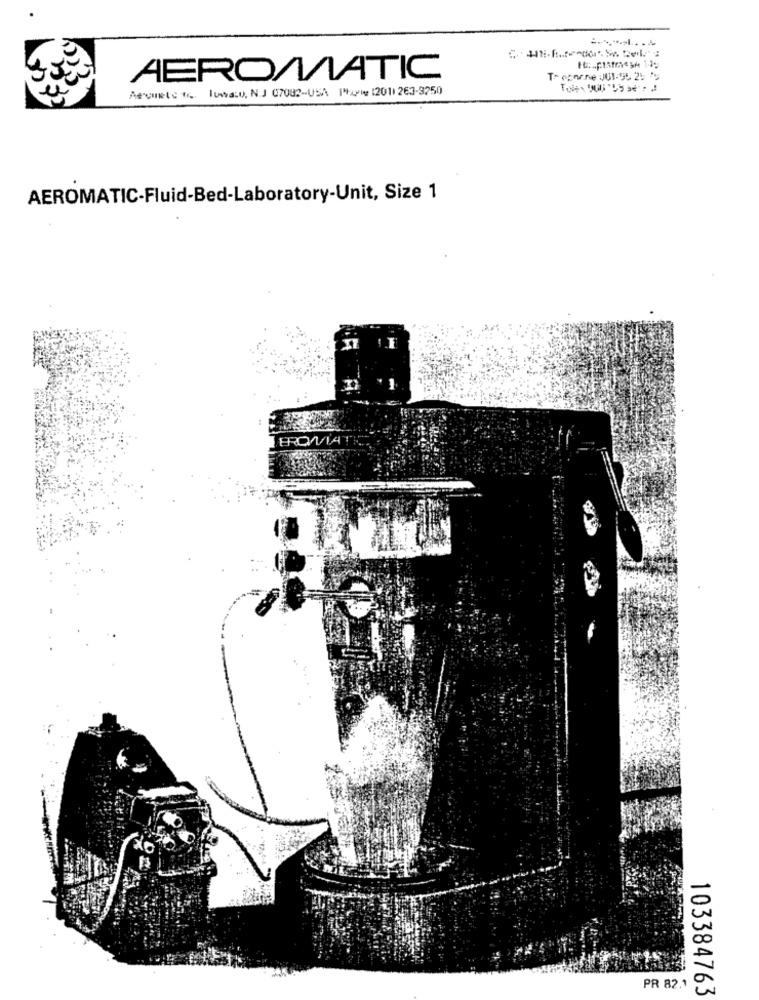
AEROMATIC
T- agnone JU1-95 2: *
Acomete to .. lowano, N.J 07082-USA 14:4 1201) 263-9250
AEROMATIC-Fluid-Bed-Laboratory-Unit, Size 1
EROVIA
13
PR 82.1
103384763